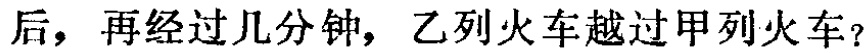
后，再经过几分钟，乙列火车越过甲列火车？